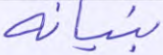
بنيانه